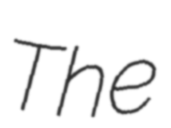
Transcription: The